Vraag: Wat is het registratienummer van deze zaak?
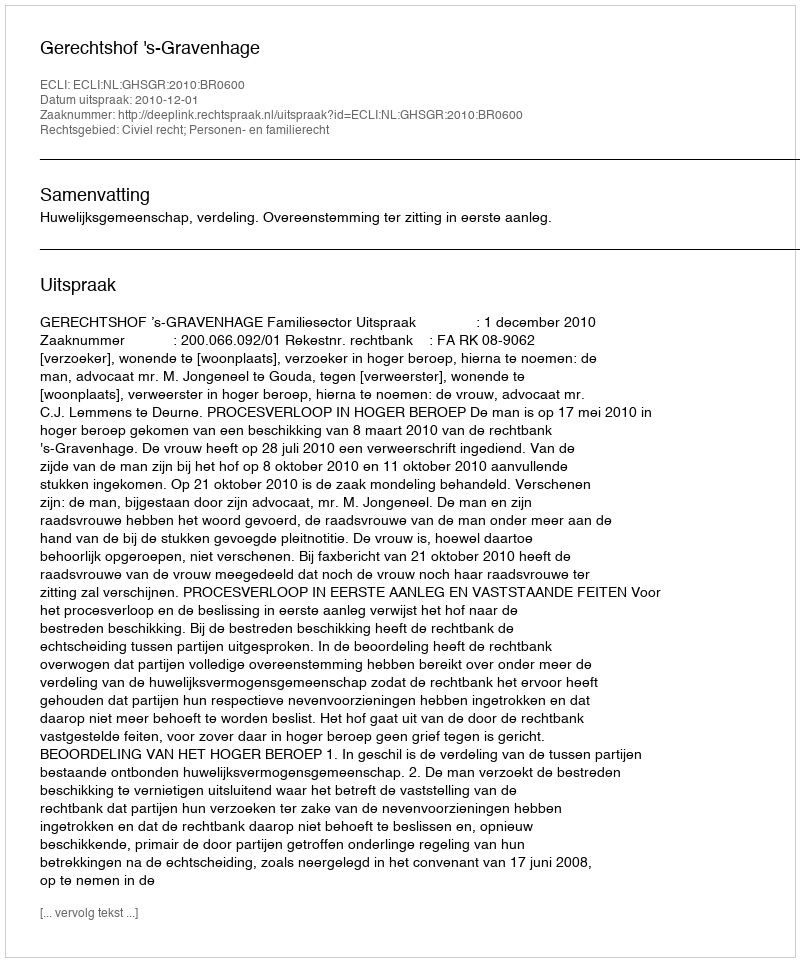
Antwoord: http://deeplink.rechtspraak.nl/uitspraak?id=ECLI:NL:GHSGR:2010:BR0600